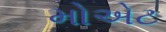
મોએટ